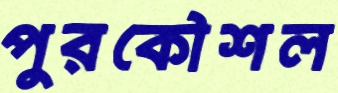
পুরকৌশল